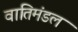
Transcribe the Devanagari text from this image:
वातिमंडल